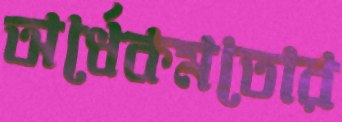
অর্ধেকমতোর